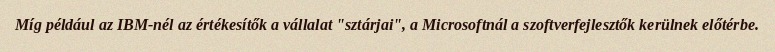
Míg például az IBM-nél az értékesítők a vállalat "sztárjai", a Microsoftnál a szoftverfejlesztők kerülnek előtérbe.